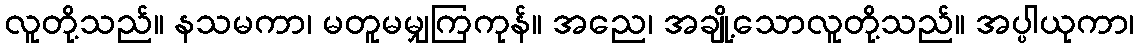
လူတို့သည်။ နသမကာ၊ မတူမမျှကြကုန်။ အညေ၊ အချို့သောလူတို့သည်။ အပ္ပါယုကာ၊